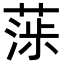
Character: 𦶵